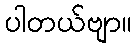
ပါတယ်ဗျာ။